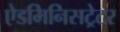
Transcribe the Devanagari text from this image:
ऐडमिनिसट्रेटर